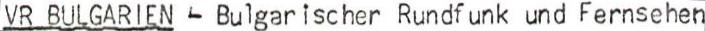
VR BULGARIEN - Bulgarischer Rundfunk und Fernsehen